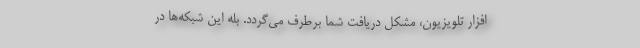
افزار تلویزیون، مشکل دریافت شما برطرف می‌گردد. بله این شبکه‌ها در